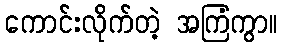
ကောင်းလိုက်တဲ့ အကြံကွာ။